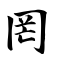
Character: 罔